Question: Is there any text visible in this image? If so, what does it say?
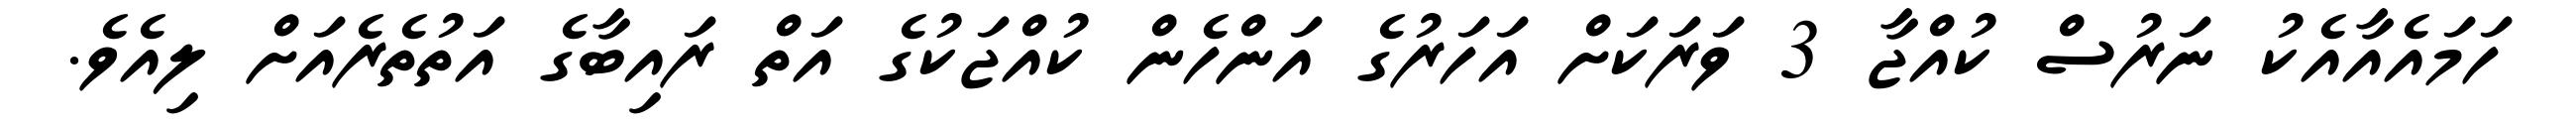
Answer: ހަމައެއާއެކު ނަރުސް ކުއްޖާ 3 ވަރަކަށް އަހަރުގެ އަންހެން ކުއްޖަކުގެ އަތް ރައިބާގެ އަތުތެރެއަށް ލިއެވެ.